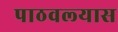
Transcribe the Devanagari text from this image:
पाठवल्‍यास